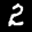
Label: 2